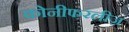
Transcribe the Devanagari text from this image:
कोनीफरलीज़